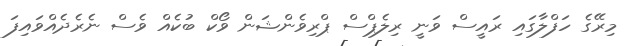
މިރޭގެ ހަފްލާގައި ރައީސް ވަނީ ރިލެޕްސް ޕްރިވެންޝަން ވޯކް ބުކެއް ވެސް ނެރެދެއްވައިފަ